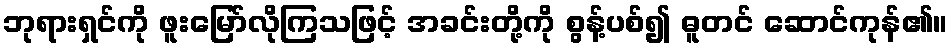
ဘုရားရှင်ကို ဖူးမြော်လိုကြသဖြင့် အခင်းတို့ကို စွန့်ပစ်၍ ဓူတင် ဆောင်ကုန်၏။